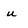
Character: u